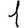
Digit: 1